Scottish Leaving Certificate Examination, 1956
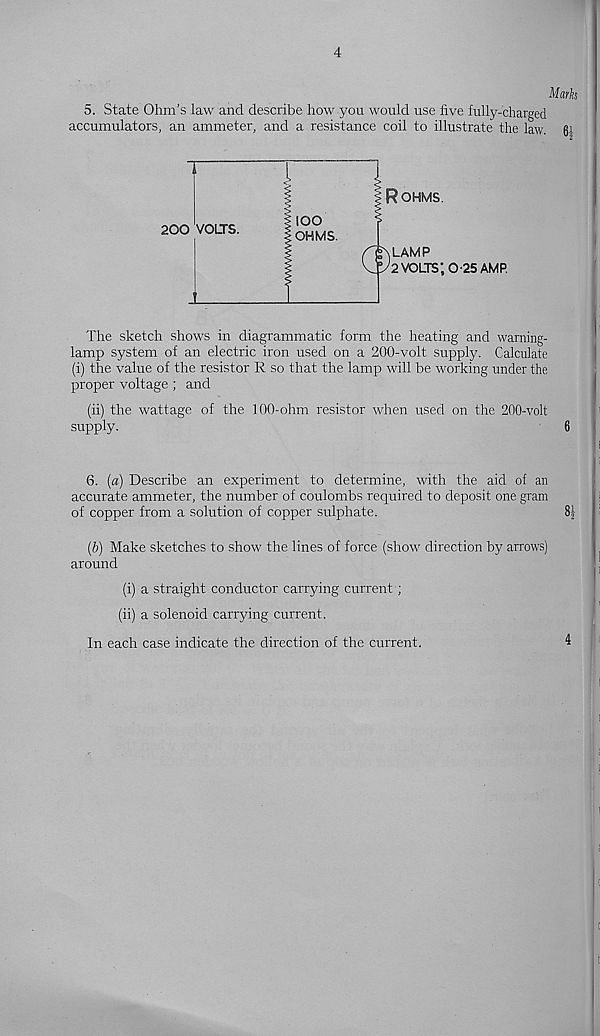
4
Marks
5. State Ohm’s law and describe how you would use five fully-charged
accumulators, an ammeter, and a resistance coil to illustrate the law. 6- 1 -
The sketch shows in diagrammatic form the heating and warning-
lamp system of an electric iron used on a 200-volt supply. Calculate
(i) the value of the resistor R so that the lamp will be working under the
proper voltage ; and
(ii) the wattage of the 100-ohm resistor when used on the 200-volt
supply.
6
6. (a) Describe an experiment to determine, with the aid of an
accurate ammeter, the number of coulombs required to deposit one gram
of copper from a solution of copper sulphate.
8|
(&) Make sketches to show the lines of force (show direction by arrows)
around
(i) a straight conductor carrying current ;
(ii) a solenoid carrying current.
In each case indicate the direction of the current.
4